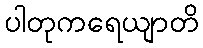
ပါတုကရေယျာတိ